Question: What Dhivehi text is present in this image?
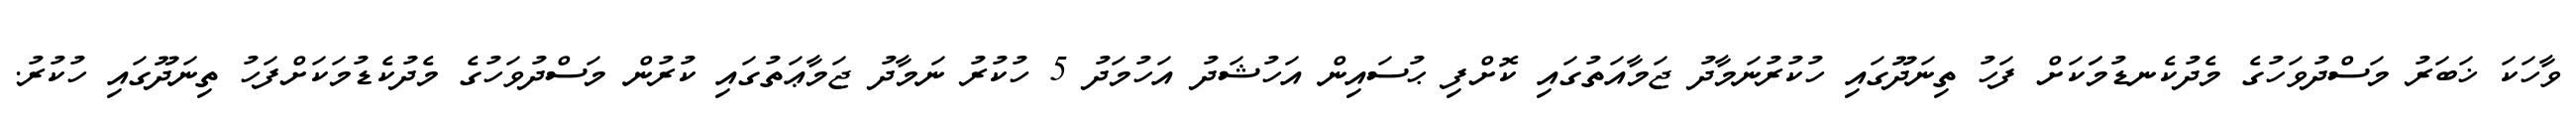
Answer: ވާހަކަ ޚަބަރު މަސްދުވަހުގެ މެދުކެނޑުމަަކަށް ފަހު ތިނަދޫގައި ހުކުރުނަމާދު ޖަމާއަތުގައި ކޮށްފި ޙުސައިން އަހުޝަދު އަހުމަދު 5 ހުކުރު ނަމާދު ޖަމާޢަތުގައި ކުރުން މަސްދުވަހުގެ މެދުކެޑުމަކަށްފަހު ތިނަދޫގައި ހުކުރު.